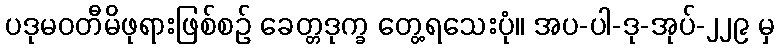
ပဒုမဝတီမိဖုရားဖြစ်စဉ် ခေတ္တဒုက္ခ တွေ့ရသေးပုံ။ အပ-ပါ-ဒု-အုပ်-၂၂၉ မှ